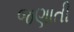
જણાતી